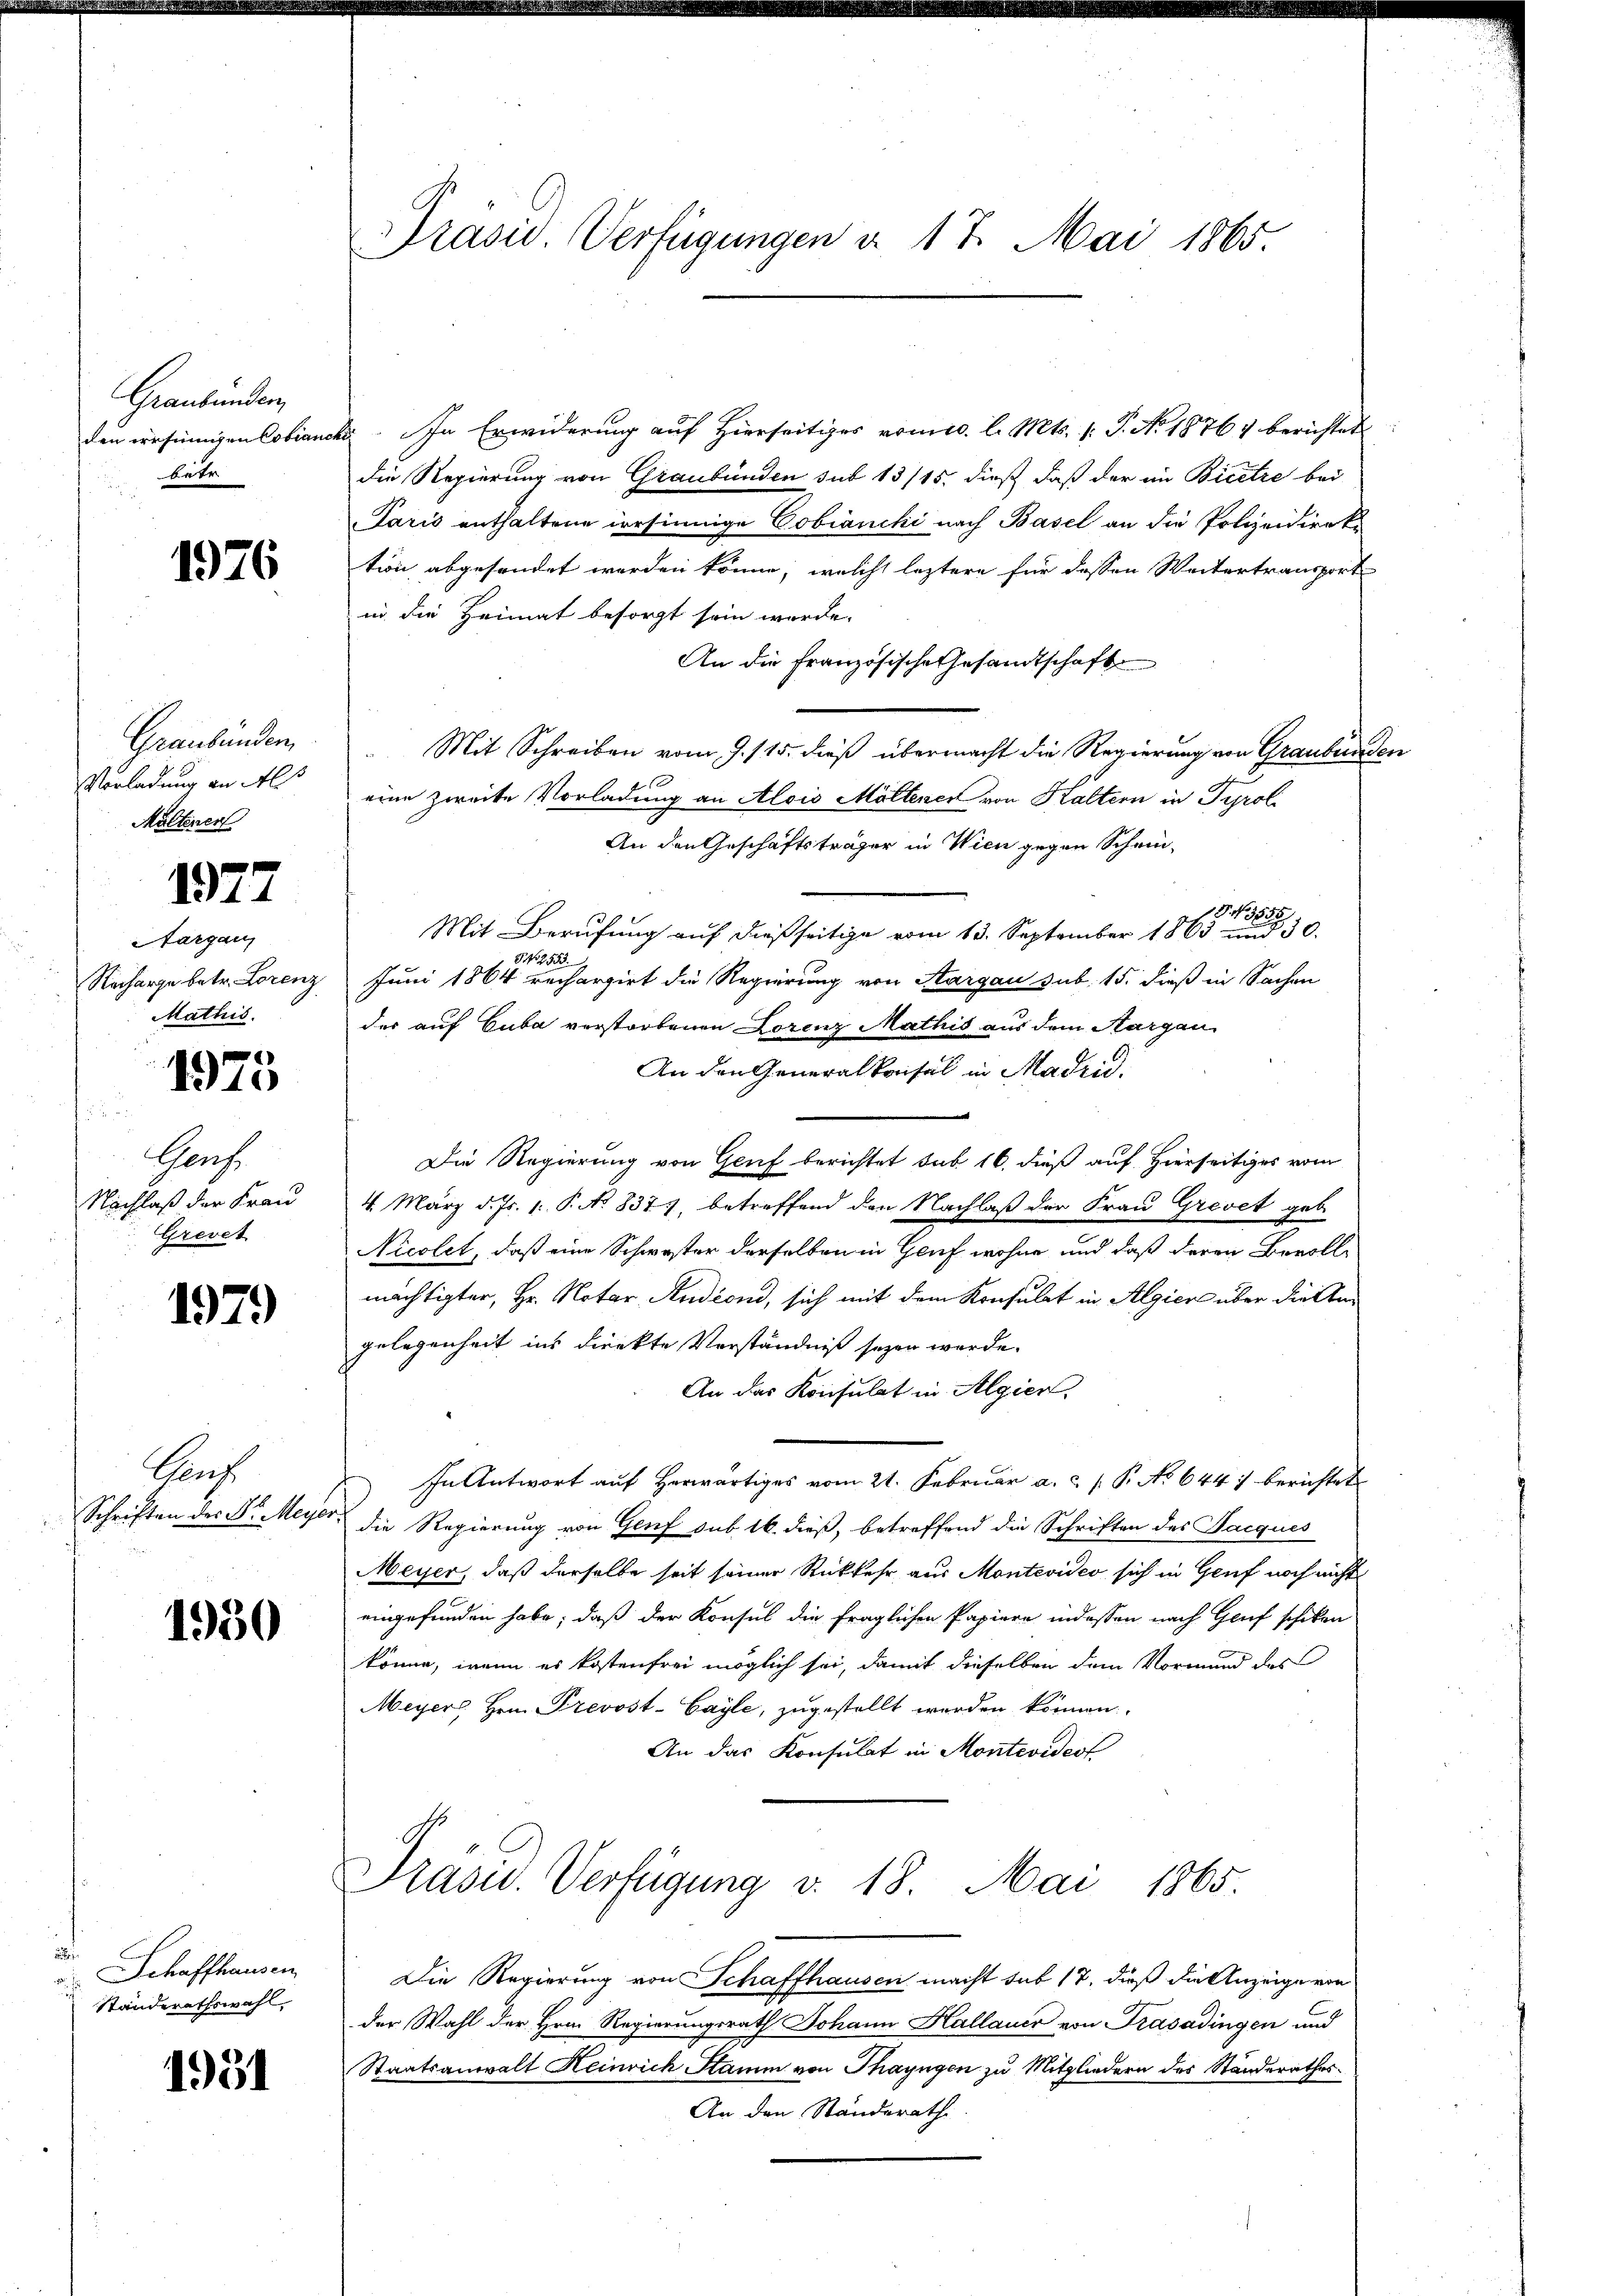
Graubünden,
betr

1976

Graubünden,
Vorladung an Als
Maltener

1977

Aargau
Mathis

1975

Garf.
Nachlaß der Frau
Grevet

1979

Kanz
Schriften des St. Meye

1950

.
Schaffhausen
Ständerathswahl,

1951

Präsid. Verfügungen a. 17. Mai 1865.

den ersinnigen Cobianche. In Erwiderung auf Hierseitiges vomec. l. Mts. 1. P. No 1876, berichtet
die Regierung von Graubünden sub 13/15. dieß daß der in Bicetze bei
Paris enthaltene irrsinnige Cobianchi nach Basel an die Polizeidirektion abgesendet werden könne, welche leztere für dessen Weitertransport
in die Heimat besorgt sein werde.
An die Französische Gesandtschaft
Mit Schreiben vom 9. 115. dieß übermacht die Regierung von Graubünden
eine zweite Vorladung an Alois Möltenen von Kaltern in Tyrol
An den Geschäftsträger in Wien gegen Schein-
1 S. 3555.
Mit Berufung auf dießseitige vom 13. September 1863 und 30.
§ N. 2553.
Recharge betr. Lorenz Juni 1864 rechargirt die Regierung von Aargau sub 15. dieß in Sachen
des auf Cuba verstorbenen Lorenz Mathis aus dem Aargau
An den Generalkonsul in Madrid.
Die Regierung von Genf berichtet sub 16, dieß auf Hierseitiges vom
4. März d. Js. 1. P. No 8377, betreffend den Nachlaß der Frau Grevet geb.
Nicolet, daß eine Schwester derselben in Genf wohne und daß deren Bevoll-
mächtigter, Hr. Notar Studiond, sich mit dem Konsulat in Algiere über diesem
gelegenheit ins direkte Verständniß seyen werde.
An das Konsulat in Algier
In Antwort auf herwärtiges vom 21. Februar a. c. P. No 644) berichtet
d die Regierung von Genf sub. 16. dieß, betreffend die Schriften des Jacques
Meyer, daß derselbe seit seiner Rückkehr aus Montevideo sich in Genf noch nicht
eingefunden habe; daß der Konsul die fraglichen Papiere indessen nach Genf schiken
könne, wenn es kostenfrei möglich sei, damit dieselben dem Vormund des
Meyer, Hrn. Prevost-Cayle, zugestellt werden können.
An das Konsulat in Montevideol

Präsid.. Verfügung v. 18. Mai 1865.

Die Regierung von Schaffhausen macht sub 17, dieß die Anzeige von
der Wahl der Hrn. Regierungsrath Johann Hallauer von Trasadingen und
Staatsanwalt Heinrich Stamm von Thayngen zu Mitgliedern des Standerathes.
An den Standerath